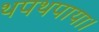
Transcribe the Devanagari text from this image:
थपथपाया।